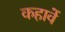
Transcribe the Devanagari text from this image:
कहावें